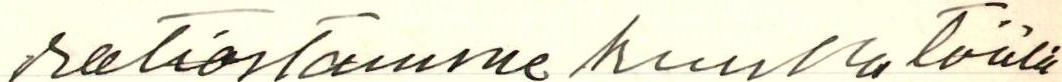
ratiostamme kuulla täälä